system: You are a helpful assistant.
user:
Analyze the provided spectrum to determine if it is a **"Cataclysmic Variables (CV)"**.

- **Key Indicators for CV (Check for either state):**
    - **State 1: Quiescent / Low-State (Emission-Dominated)**
        - **(Primary):** Strong and *very broad* Hydrogen Balmer emission lines (e.g., $H\alpha$ at 6563 Å, $H\beta$ at 4861 Å). The 'broadness' (high velocity dispersion, often FWHM > 1000 km/s) is the key diagnostic, indicating a high-velocity accretion disk.
        - **(Secondary):** Broad neutral Helium (He I) emission lines (e.g., 5876 Å, 6678 Å).
        - **(Key Confirmation):** Presence of high-excitation *ionized* Helium (He II) emission at 4686 Å. This is a strong indicator of accretion onto a white dwarf.
        - **(Line Profile):** Emission lines may exhibit a 'double-peaked' profile, which is a classic signature of a rotating accretion disk viewed at high inclination.

    - **State 2: Outburst / High-State (Absorption-Dominated)**
        - **(Primary):** Spectrum is dominated by a bright, blue continuum (looks like a hot star).
        - **(Secondary):** The emission lines from State 1 are weak, absent, or 'filled in', and are replaced by broad, shallow *absorption* lines (primarily Balmer and He I).
        - **(Morphology):** The overall spectrum mimics a hot B/A-type star. The crucial difference is that the absorption lines are significantly broader, shallower, and more 'washed-out' (or 'smeared') than the sharp lines of a normal stellar photosphere, due to high rotational speeds and pressure broadening in the disk.

Think first, call **spectral_visualization_tool** if needed to examine features in detail, then provide your final answer. Your response must adhere to the following strict rules:
1.  **Overall Structure:** Your response must follow the format `<think>...</think> <tool_call>...</tool_call> (if a tool is used) <answer>...</answer>`.
2.  **Tool Usage Constraint:** You may only make **one** tool call per turn.
3.  **Final Answer Format:** In the `<answer>` tag, your conclusion must be inside a `\boxed{}` command (e.g., `\boxed{YES}`), followed by your justification.

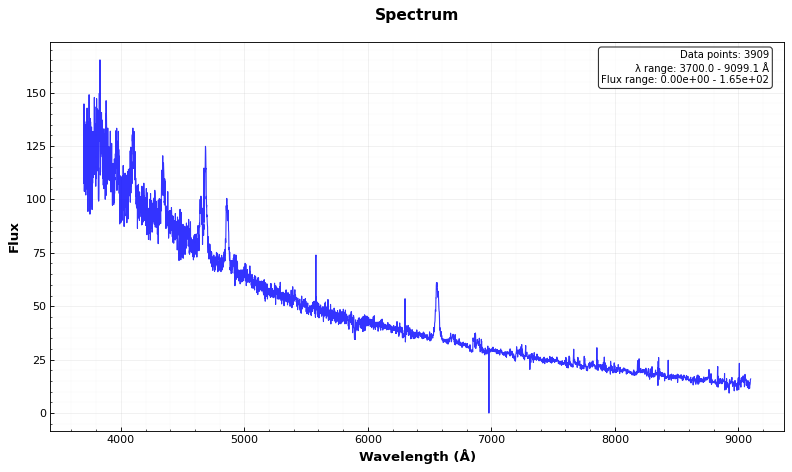
Answer: YES